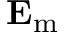
\mathbf { E } _ { \mathrm { m } }